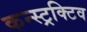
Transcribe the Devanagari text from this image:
कन्स्ट्रक्टिव